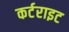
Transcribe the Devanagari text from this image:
कर्टराइट